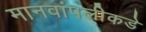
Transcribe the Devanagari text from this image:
मानवांपलीकडे